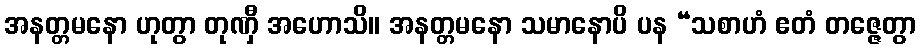
အနတ္တမနော ဟုတွာ တုဏှီ အဟောသိ။ အနတ္တမနော သမာနောပိ ပန “သစာဟံ ဧတံ တဇ္ဇေတွာ